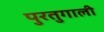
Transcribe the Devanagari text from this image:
पुरतुगाली